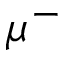
\mu ^ { - }